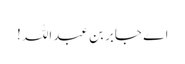
اے جابر بن عبداللہ !